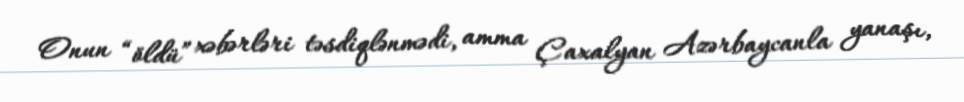
Onun “öldü” xəbərləri təsdiqlənmədi, amma Çaxalyan Azərbaycanla yanaşı,